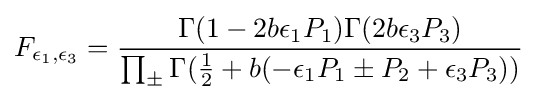
F_{\epsilon _{1},\epsilon _{3}}={\frac {\Gamma (1-2b\epsilon _{1}P_{1})\Gamma (2b\epsilon _{3}P_{3})}{\prod _{\pm }\Gamma ({\frac {1}{2}}+b(-\epsilon _{1}P_{1}\pm P_{2}+\epsilon _{3}P_{3}))}}